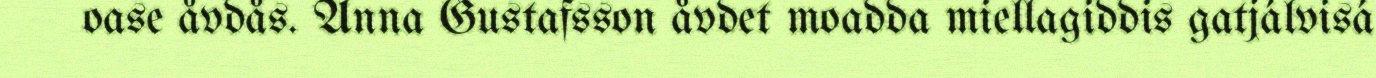
oase åvdås. Anna Gustafsson åvdet moadda miellagiddis gatjálvisá